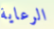
الرعاية